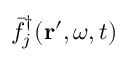
\bar { f } _ { j } ^ { \dagger } ( \mathbf { r } ^ { \prime } , \omega , t )